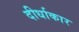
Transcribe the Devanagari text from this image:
दीर्धाकार